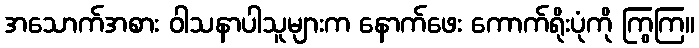
အသောက်အစား ဝါသနာပါသူများက နောက်ဖေး ကောက်ရိုးပုံကို ကြွကြ။